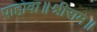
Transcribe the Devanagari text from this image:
पाहावा॥श्रीराम॥